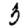
Digit: 3